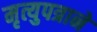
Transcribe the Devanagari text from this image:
मृत्युपत्राने